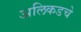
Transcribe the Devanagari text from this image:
अलिकडचे